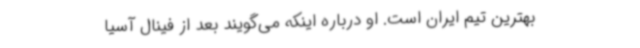
بهترین تیم ایران است. او درباره اینکه می‌گویند بعد از فینال آسیا